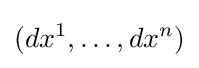
(dx^{1},\dots ,dx^{n})